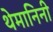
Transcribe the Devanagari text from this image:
थेमानिनी